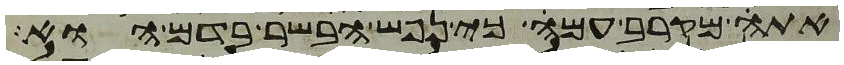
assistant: אתה מקרב עמה כי נפש הבשר בדם הוא